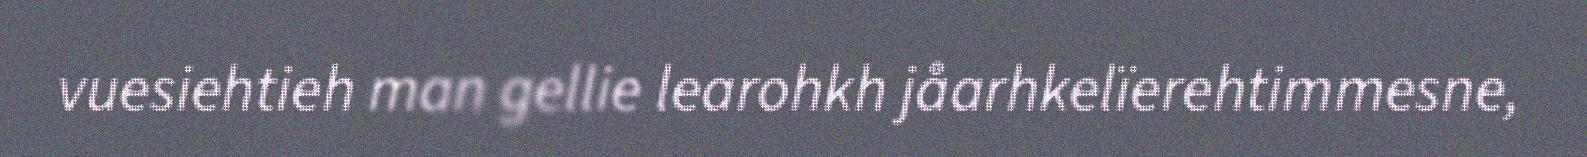
vuesiehtieh man gellie learohkh jåarhkelïerehtimmesne,